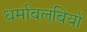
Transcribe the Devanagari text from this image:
धर्माबलंबियों